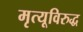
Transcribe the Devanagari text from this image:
मृत्यूविरुद्ध